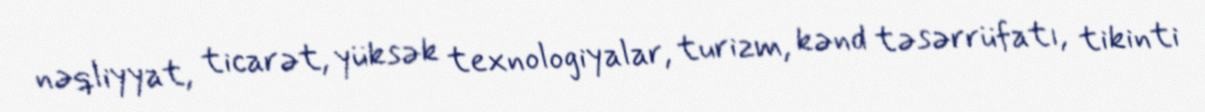
nəqliyyat, ticarət, yüksək texnologiyalar, turizm, kənd təsərrüfatı, tikinti